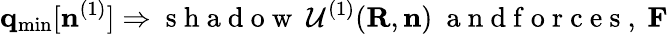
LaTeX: {\mathbf q}_{\mathrm{min}}[{\mathbf n}^{(1)}]\Rightarrow\mathrm{~s~h~a~d~o~w~}~{\cal U}^{(1)}({\mathbf R},{\mathbf n})~\mathrm{~a~n~d~f~o~r~c~e~s~},~{\mathbf F}